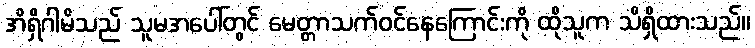
အိရှိဂါမိသည် သူမအပေါ်တွင် မေတ္တာသက်ဝင်နေကြောင်းကို ထိုသူက သိရှိထားသည်။